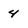
Character: 4